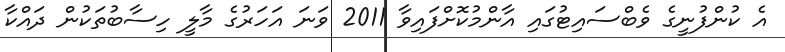
އެ ކުންފުނީގެ ވެބްސައިޓުގައި އާންމުކޮށްފައިވާ 2011 ވަނަ އަހަރުގެ މާލީ ހިސާބުތަކުން ދައްކާ